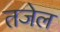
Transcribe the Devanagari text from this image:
तजेल